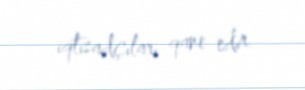
iqtisadçıları qane edir.